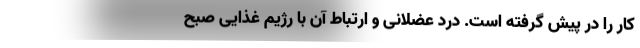
کار را در پیش گرفته است. درد عضلانی و ارتباط آن با رژیم غذایی صبح